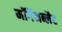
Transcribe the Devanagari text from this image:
मॉर्गेनब्लैट